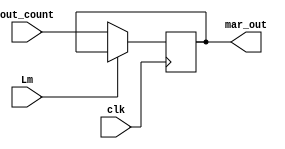
`timescale 1ns/1ns
module in_MAR(mar_out,out_count,clk,Lm);
output reg[3:0]mar_out;
input [3:0]out_count;
input clk,Lm;
reg [3:0]temp;

always @(posedge clk)
begin
 if(!Lm)
  mar_out = out_count;
 else
   mar_out = mar_out;
 end
endmodule